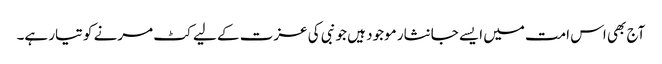
آج بھی اس امت میں ایسے جانثار موجود ہیں جو نبی کی عزت کے لیے کٹ مرنے کو تیار ہے۔